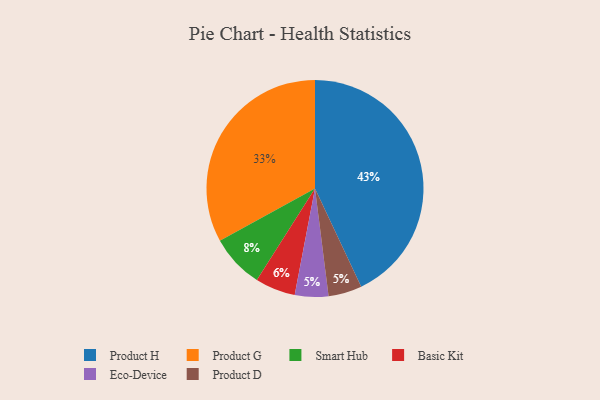
{"axis": {"x": "Category", "y": "Percentage"}, "legend": ["Basic Kit", "Eco-Device", "Product D", "Product G", "Product H", "Smart Hub"], "data": [{"x": "Basic Kit", "y": 6, "type": "Basic Kit"}, {"x": "Product G", "y": 33, "type": "Product G"}, {"x": "Smart Hub", "y": 8, "type": "Smart Hub"}, {"x": "Eco-Device", "y": 5, "type": "Eco-Device"}, {"x": "Product D", "y": 5, "type": "Product D"}, {"x": "Product H", "y": 43, "type": "Product H"}]}